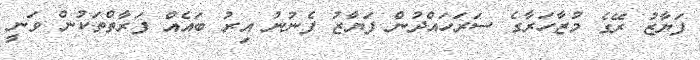
ފަޔާޒު ރޭގެ މުޒާހަރާގެ ސަރަހައްދުން ފަޔާޒު ފެނުނު އިރު ބައެއް ފަރާތްތަކުން ވަނީ